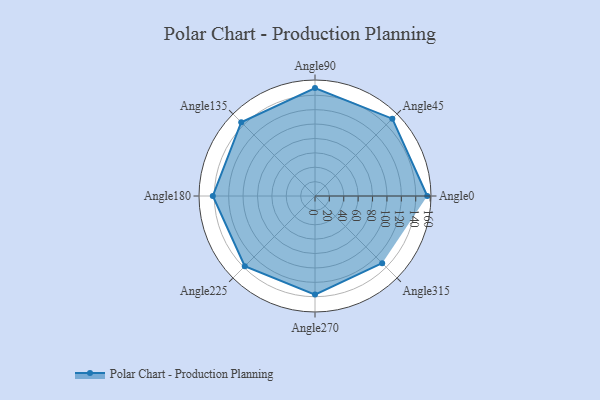
{"axis": {"x": "Angle", "y": "Radius"}, "legend": [""], "data": [{"x": "Angle0", "y": 156.0, "type": ""}, {"x": "Angle45", "y": 152.0, "type": ""}, {"x": "Angle90", "y": 150.0, "type": ""}, {"x": "Angle135", "y": 145.0, "type": ""}, {"x": "Angle180", "y": 142.0, "type": ""}, {"x": "Angle225", "y": 138.0, "type": ""}, {"x": "Angle270", "y": 137.0, "type": ""}, {"x": "Angle315", "y": 132.0, "type": ""}]}